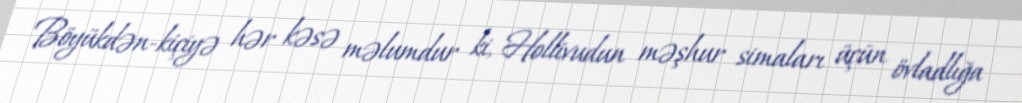
Böyükdən-kiçiyə hər kəsə məlumdur ki, Hollivudun məşhur simaları üçün övladlığa